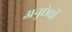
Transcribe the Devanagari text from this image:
अनुछेधों